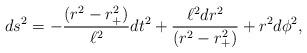
LaTeX: \begin{align*}ds^2 = - {(r^2 - r_+^2) \over \ell^2} dt^2 + {\ell^2 dr^2 \over (r^2 - r_+^2)} + r^2 d\phi^2,\end{align*}